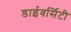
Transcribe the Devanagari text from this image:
डाईवर्सिटी